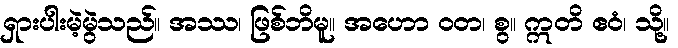
ရှားပါးမဲ့မွဲသည်။ အဿ၊ ဖြစ်ဘိမူ။ အဟော ဝတ၊ စွ။ ဣတိ ဧဝံ၊ သို့။